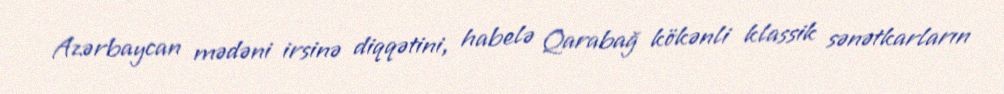
Azərbaycan mədəni irsinə diqqətini, habelə Qarabağ kökənli klassik sənətkarların